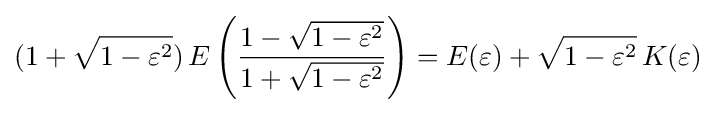
(1+{\sqrt {1-\varepsilon ^{2}}})\,E\left({\frac {1-{\sqrt {1-\varepsilon ^{2}}}}{1+{\sqrt {1-\varepsilon ^{2}}}}}\right)=E(\varepsilon )+{\sqrt {1-\varepsilon ^{2}}}\,K(\varepsilon )